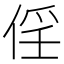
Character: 𠉰